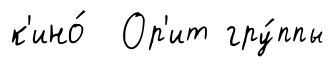
к'ино́ Ор'ит гру́ппы